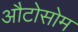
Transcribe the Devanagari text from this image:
औटोसोम